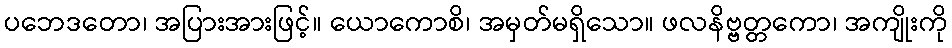
ပဘေဒတော၊ အပြားအားဖြင့်။ ယောကောစိ၊ အမှတ်မရှိသော။ ဖလနိဗ္ဗတ္တကော၊ အကျိုးကို